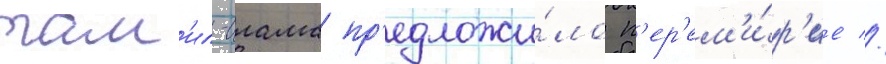
там'ил-илама пр'едложи́ло п'ер'ем'и́р'ие //